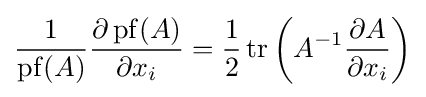
{\frac {1}{\operatorname {pf} (A)}}{\frac {\partial \operatorname {pf} (A)}{\partial x_{i}}}={\frac {1}{2}}\operatorname {tr} \left(A^{-1}{\frac {\partial A}{\partial x_{i}}}\right)